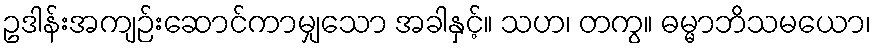
ဥဒါန်းအကျဉ်းဆောင်ကာမျှသော အခါနှင့်။ သဟ၊ တကွ။ ဓမ္မာဘိသမယော၊